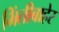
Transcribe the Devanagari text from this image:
भिंतीबाहेर